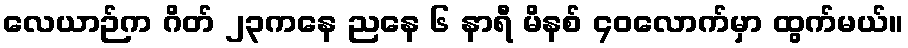
လေယာဉ်က ဂိတ် ၂၃ကနေ ညနေ ၆ နာရီ မိနစ် ၄၀လောက်မှာ ထွက်မယ်။